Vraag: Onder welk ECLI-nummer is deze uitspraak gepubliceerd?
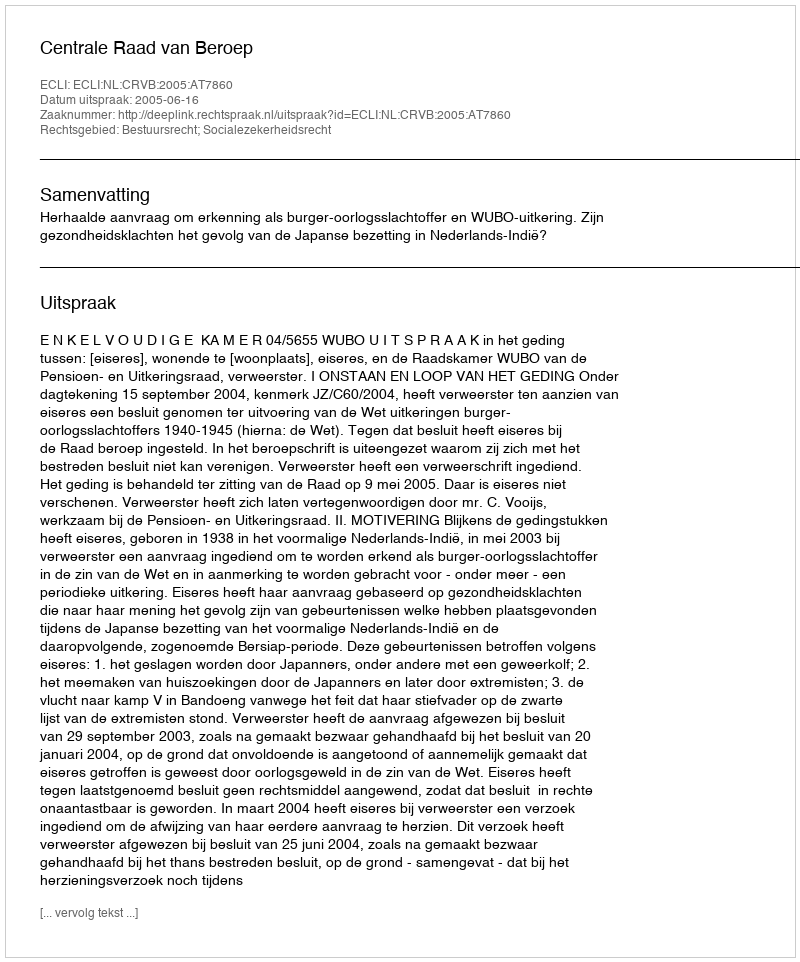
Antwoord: ECLI:NL:CRVB:2005:AT7860